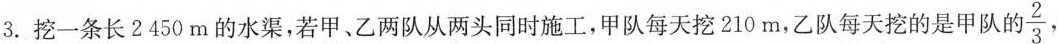
3.挖一条长2450m的水渠，若甲、乙两队从两头同时施工，甲队每天挖210m，乙队每天挖的是甲队 的\frac{2}{3}，